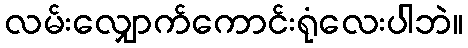
လမ်းလျှောက်ကောင်းရုံလေးပါဘဲ။